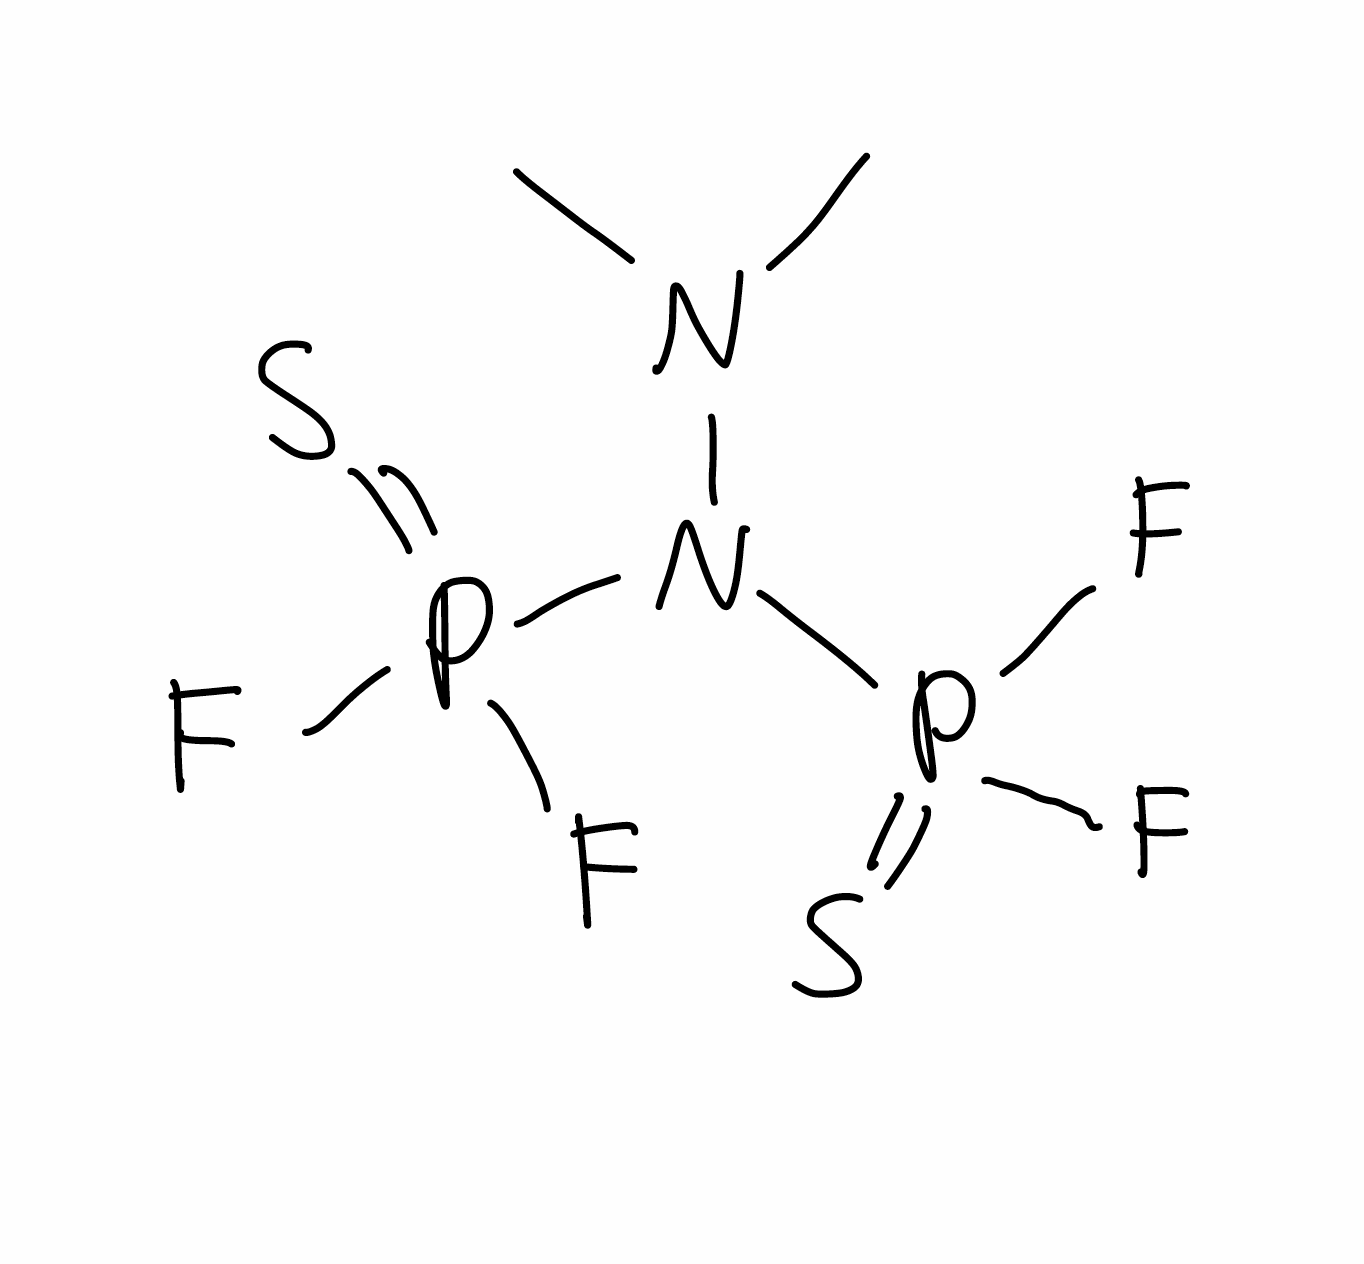
Simplified molecular-input line-entry system (SMILES) notation of the given molecule:
CN(C)N(P(=S)(F)F)P(=S)(F)F